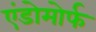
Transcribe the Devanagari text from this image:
एंडोमोर्फ